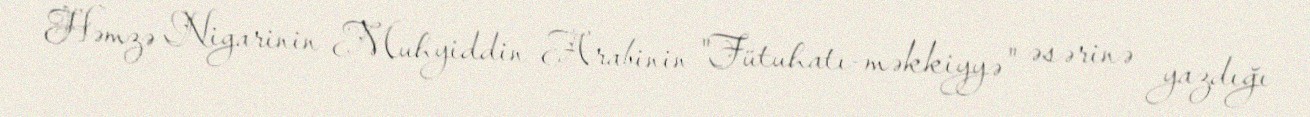
Həmzə Nigarinin Muhyiddin Arabinin "Fütuhatı-məkkiyyə" əsərinə yazdığı